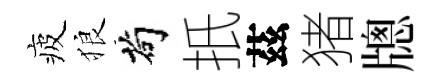
疲狼茍扺茲猪牕